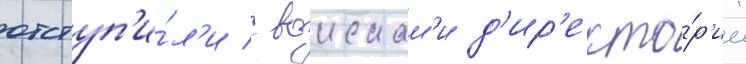
отступ'и́л'и с воискам'и д'ир'екто́р'ии